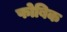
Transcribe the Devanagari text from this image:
फोबिक